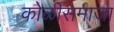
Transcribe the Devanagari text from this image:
कोळीसमाजा